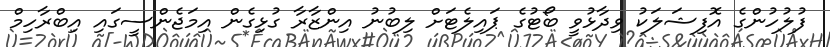
ފުލުހުންގެ އޮފިޝަލަކު ވިދާޅުވީ ބޯޓުގެ ޕައިލެޓަށް ލިބުނު އިންޒާރާ ގުޅިގެން އިމަޖެންސީގައި އިބްރާހިމް